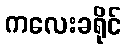
ကလေးခရိုင်